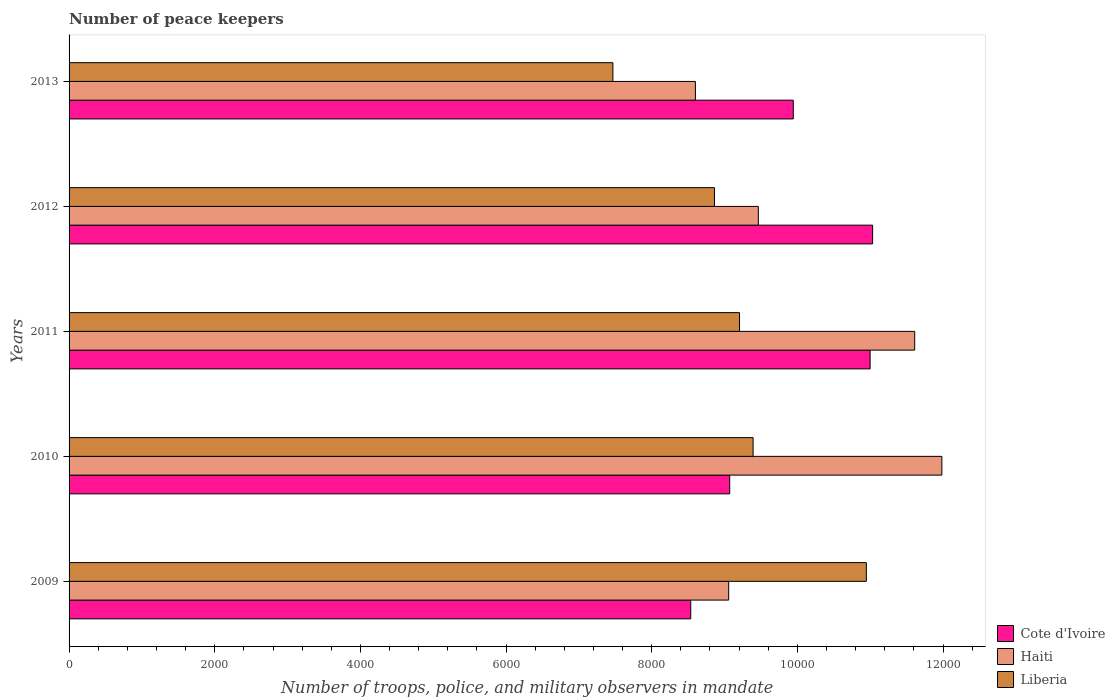
| Years | Cote d'Ivoire | Haiti | Liberia |
 | --- | --- | --- | --- |
 | 2009 | 8.54e+03 | 9.06e+03 | 1.09e+04 |
 | 2010 | 9.07e+03 | 1.2e+04 | 9.39e+03 |
 | 2011 | 1.1e+04 | 1.16e+04 | 9.21e+03 |
 | 2012 | 1.1e+04 | 9.46e+03 | 8.86e+03 |
 | 2013 | 9.94e+03 | 8.6e+03 | 7.47e+03 |